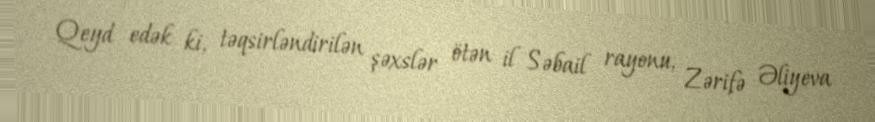
Qeyd edək ki, təqsirləndirilən şəxslər ötən il Səbail rayonu, Zərifə Əliyeva